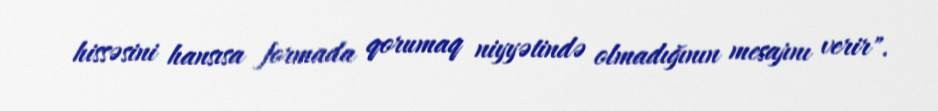
hissəsini hansısa formada qorumaq niyyətində olmadığının mesajını verir".